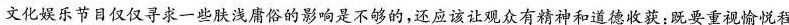
文化娱乐节目仅仅寻求一些肤浅庸俗的影响是不够的，还应该让观众有精神和道德收获：既要重视愉悦程